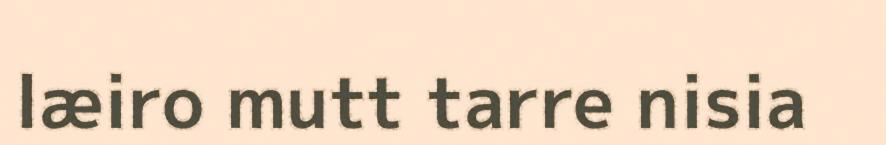
læiro mutt tarre nisia